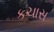
કચાસ